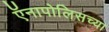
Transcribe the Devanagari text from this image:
ऍनापोलिसच्या